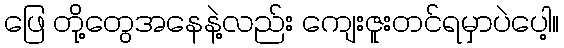
ဖြေ တို့တွေအနေနဲ့လည်း ကျေးဇူးတင်ရမှာပဲပေါ့။